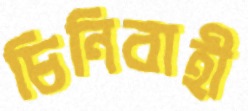
চিনিবাহী